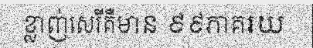
ខ្លាញ់សេរីគឺមាន ៩៩ភាគរយ